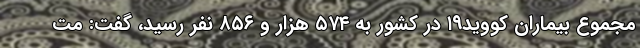
مجموع بیماران کووید۱۹ در کشور به ۵۷۴ هزار و ۸۵۶ نفر رسید، گفت: مت